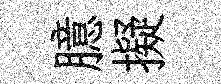
臆擬